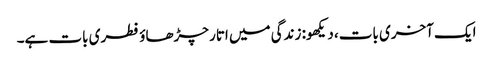
ایک آخری بات، دیکھو: زندگی میں اتار چڑھاؤ فطری بات ہے۔